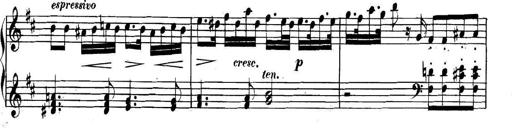
Title: Collected Piano Sonatas
Composer: Muzio Clementi